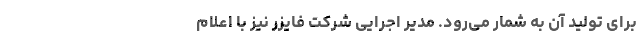
برای تولید آن به شمار می‌رود. مدیر اجرایی شرکت فایزر نیز با اعلام